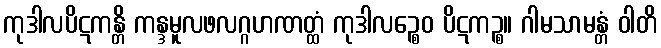
ကုဒါလပိဋကန္တိ ကန္ဒမူလဖလဂ္ဂဟဏတ္ထံ ကုဒါလဉ္စေဝ ပိဋကဉ္စ။ ဂါမသာမန္တံ ဝါတိ